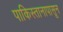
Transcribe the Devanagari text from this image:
पाकिस्तानापासून